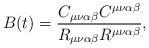
LaTeX: \begin{align*}B(t) =\frac{C_{\mu\nu\alpha\beta}C^{\mu\nu\alpha\beta}}{R_{\mu\nu\alpha\beta}R^{\mu\nu\alpha\beta}},\end{align*}